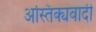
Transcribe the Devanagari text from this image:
अस्तिक्यवादी